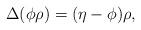
LaTeX: \begin{gather*}\Delta ( \phi\rho ) = ( \eta-\phi ) \rho,\end{gather*}